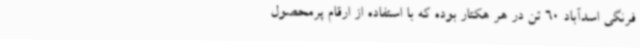
فرنگی اسدآباد 60 تن در هر هکتار بوده که با استفاده از ارقام پرمحصول